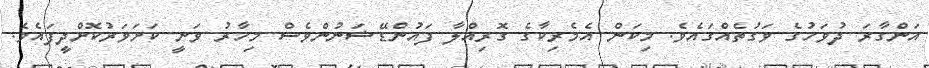
އަންގާރަ ދުވަހުގެ ވަގުތެއްގައެވެ. މިކަން އެމެރިކާގެ ގޮރިއްލާ ފައުންޑޭޝަނުންވެސް މިހާރު ވަނީ ކަށަވަރުކޮށްދީފައެވެ.